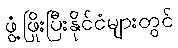
ဖွံ့ဖြိုးပြီးနိုင်ငံများတွင်